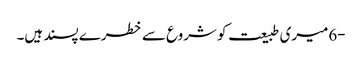
-6میری طبیعت کو شروع سے خطرے پسند ہیں۔